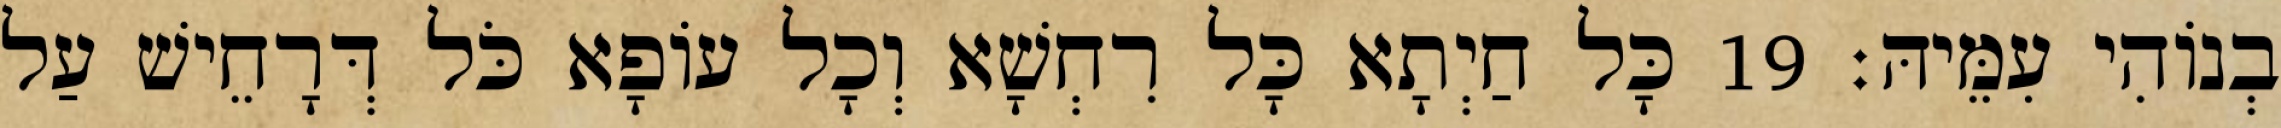
בְנוֹהִי עִמֵּיהּ׃ 19 כָּל חַיְתָא כָּל רִחְשָׁא וְכָל עוֹפָא כֹּל דְּרָחֵישׁ עַל